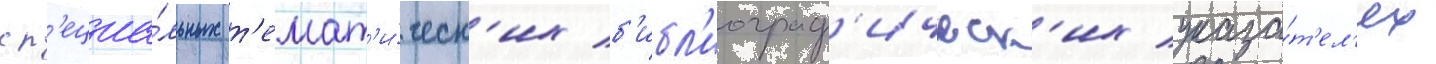
сп'ециа́льных т'емат'и́ческ'их б'ибл'иограф'ическ'их указа́т'ел'ях